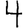
Digit: 4